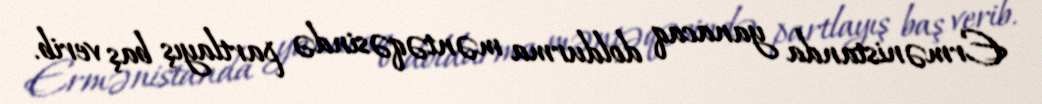
Ermənistanda yanacaq doldurma məntəqəsində partlayış baş verib.